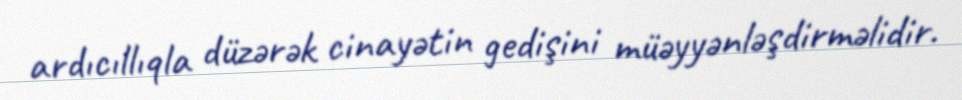
ardıcıllıqla düzərək cinayətin gedişini müəyyənləşdirməlidir.